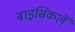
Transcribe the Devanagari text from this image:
बाइसिकलें